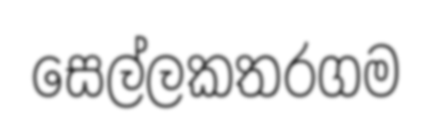
සෙල්ලකතරගම